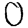
Digit: 0